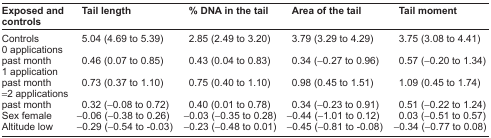
| Exposed and controls | Tail length | % DNA in the tail | Area of the tail | Tail moment |
 | --- | --- | --- | --- | --- |
 | Controls | 5.04 (4.69 to 5.39) | 2.85 (2.49 to 3.20) | 3.79 (3.29 to 4.29) | 3.75 (3.08 to 4.41) |
 | 0 applications past month | 0.46 (0.07 to 0.85) | 0.43 (0.04 to 0.83) | 0.34 (−0.27 to 0.96) | 0.57 (−0.20 to 1.34) |
 | 1 application past month | 0.73 (0.37 to 1.10) | 0.75 (0.40 to 1.10) | 0.98 (0.45 to 1.51) | 1.09 (0.45 to 1.74) |
 | =2 applications past month | 0.32 (−0.08 to 0.72) | 0.40 (0.01 to 0.78) | 0.34 (−0.23 to 0.91) | 0.51 (−0.22 to 1.24) |
 | Sex female | −0.06 (−0.38 to 0.26) | −0.03 (−0.35 to 0.28) | −0.44 (−1.01 to 0.12) | 0.03 (−0.51 to 0.57) |
 | Altitude low | −0.29 (−0.54 to −0.03) | −0.23 (−0.48 to 0.01) | −0.45 (−0.81 to −0.08) | −0.34 (−0.77 to 0.08) |